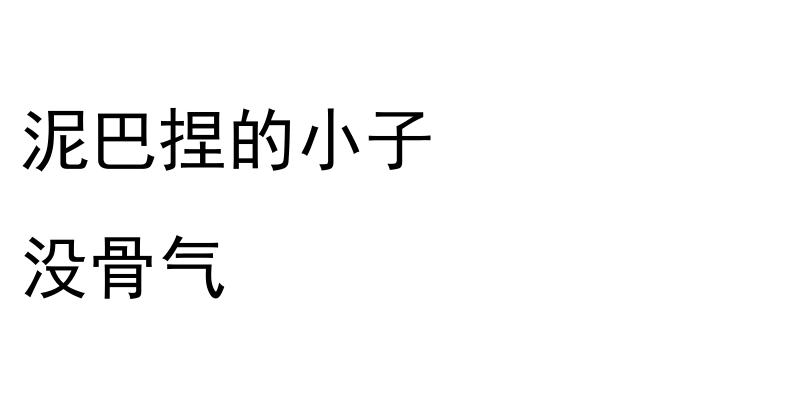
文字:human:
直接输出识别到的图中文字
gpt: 泥巴捏的小子 没骨气